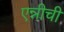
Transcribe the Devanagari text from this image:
एन्नीची